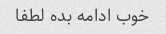
خوب ادامه بده لطفا